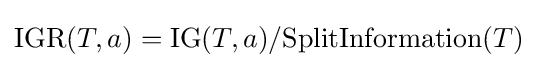
{\text{IGR}}(T,a)={\text{IG}}(T,a)/{\text{SplitInformation}}(T)